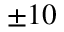
\pm 1 0